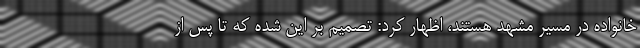
خانواده در مسیر مشهد هستند، اظهار کرد: تصمیم بر این شده که تا پس از